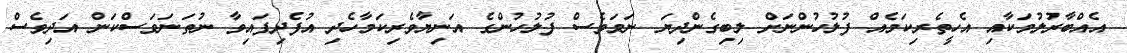
އެއްބާރުލުމަކާއި އެހީތެރިކަމެއް ފުލުހުންނަށް ލިބިގެންދިޔަ ނަމަވެސް ފުލުހުންގެ އަނިޔާވެރިކަމާހެދި އުފެދިފައިވާ ނުތަނަވަސްކަން އަދިވެސް